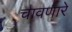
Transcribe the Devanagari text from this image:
चावणारे